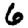
Digit: 6